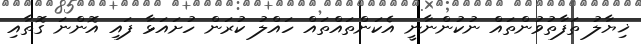
ޚިޔާލު ތަފާތުވުންތައް ނުކުންނާނީ އެކަންތައްތައް ހައްލު ކުރަން ހުށައަޅާ ފައި އޮންނަ ގޮތާއި